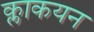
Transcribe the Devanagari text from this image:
क्लाकयन